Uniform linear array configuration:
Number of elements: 16
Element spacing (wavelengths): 0.5
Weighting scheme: exponential
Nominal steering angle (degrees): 15
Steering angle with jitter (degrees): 14.71
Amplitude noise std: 0.05
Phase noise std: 0.05

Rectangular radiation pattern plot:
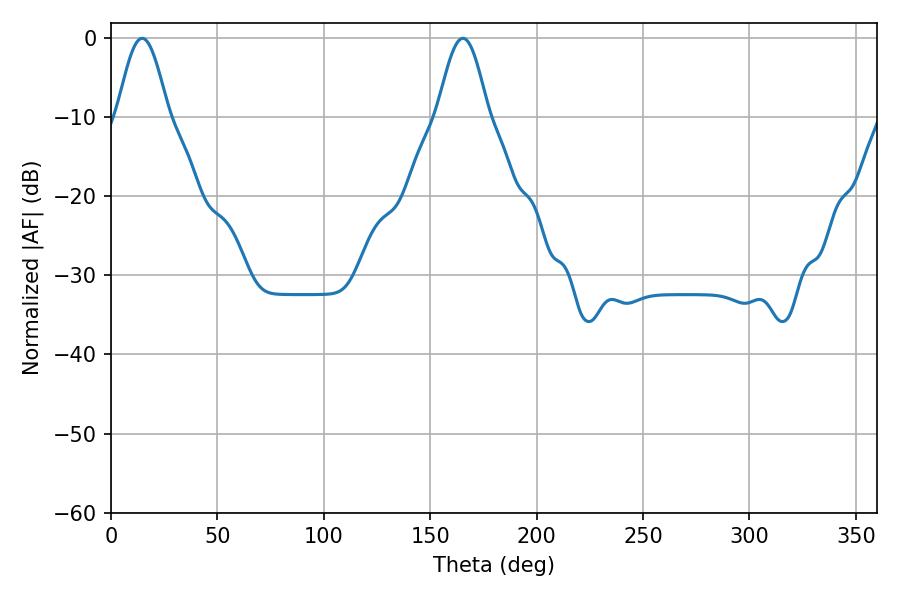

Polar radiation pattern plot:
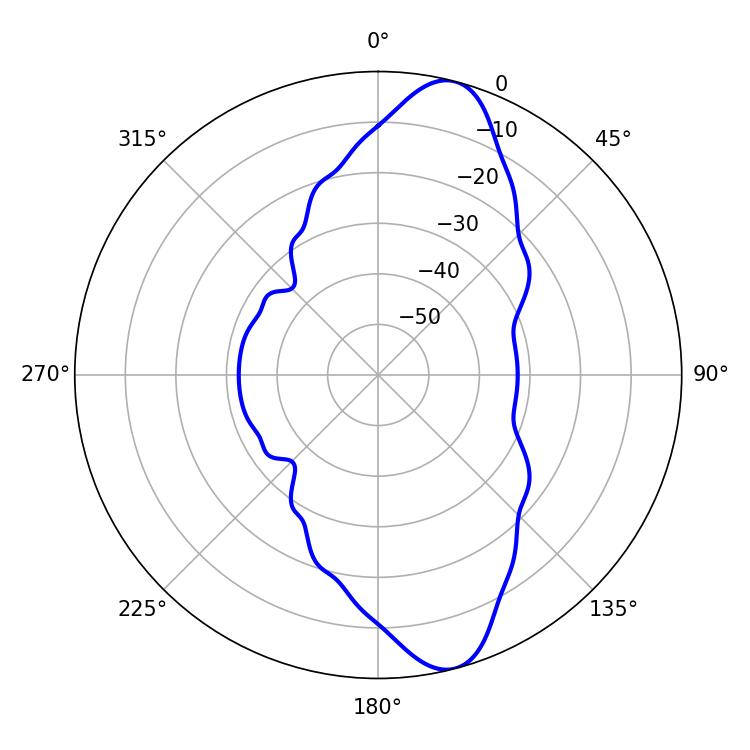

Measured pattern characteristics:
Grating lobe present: FALSE
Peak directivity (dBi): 11.661
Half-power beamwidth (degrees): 12.78
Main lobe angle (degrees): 14.58